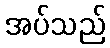
အပ်သည်